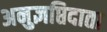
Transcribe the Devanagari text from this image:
अनुज्ञप्तिदाता